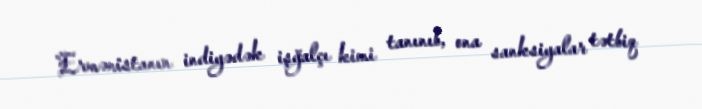
Ermənistanın indiyədək işğalçı kimi tanınıb, ona sanksiyalar tətbiq